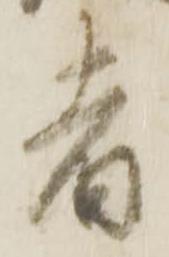
者